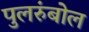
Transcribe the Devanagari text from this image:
पुलरुंबोल